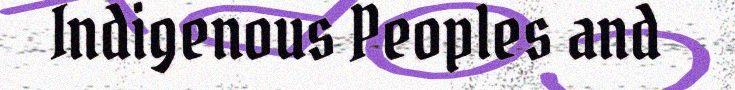
Indigenous Peoples and